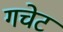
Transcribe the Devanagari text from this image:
गचेट